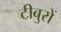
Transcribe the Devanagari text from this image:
टीबुरों